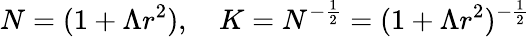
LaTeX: N=(1+\Lambda r^{2}),\quad K=N^{-\frac{1}{2}}=(1+\Lambda r^{2})^{-\frac{1}{2}}